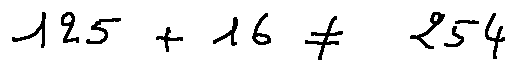
1 2 5 + 1 6 \neq 2 5 4